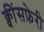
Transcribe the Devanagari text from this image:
क्वींसफ़ेरी